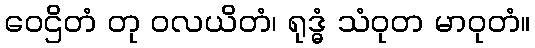
ဝေဌိတံ တု ဝလယိတံ၊ ရုဒ္ဓံ သံဝုတ မာဝုတံ။